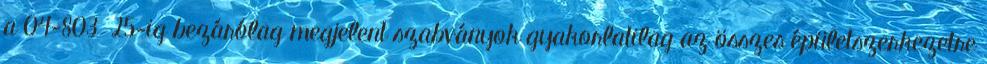
a 04-803 25-ig bezárólag megjelent szabványok gyakorlatilag az összes épületszerkezetre